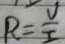
R = \frac { V } { I }